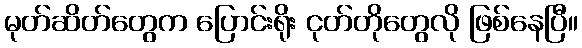
မုတ်ဆိတ်တွေက ပြောင်းရိုး ငုတ်တိုတွေလို ဖြစ်နေပြီ။